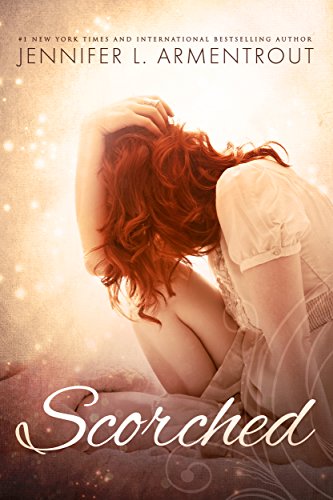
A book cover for Scorched; Jennifer L. Armentrout; Romance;